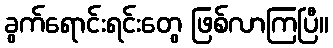
ခွက်ရောင်းရင်းတွေ ဖြစ်လာကြပြီ။